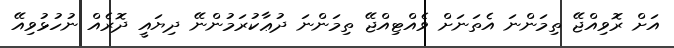
އަށް ރޮވިއްޖޭ ތިމަންނަ އެތަނަށް ވެއްޓިއްޖޭ ތިމަންނަ ދުޢާކުރަމުންނޭ ދިޔައީ ދޮރެއް ނުހުޅުވިއޭ